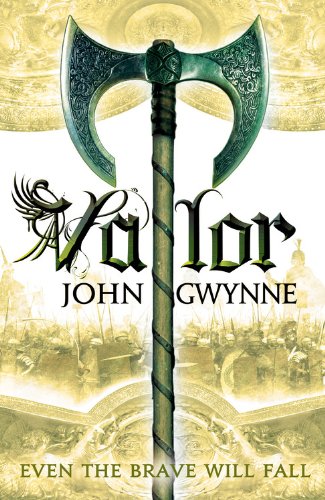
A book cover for Valor (Faithful and the Fallen); John Gwynne; Science Fiction & Fantasy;